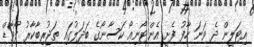
އިޓަލީން ދެ ވަނަ ހާފު ފެށީ އެންޓޯނިއޯ ކަސާނޯގެ ބަދަލުގައި ތަޖުރިބާކާރު ފޯވާޑް